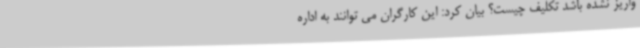
واریز نشده باشد تکلیف چیست؟ بیان کرد: این کارگران می توانند به اداره